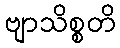
ဗျာသိစ္စတိ